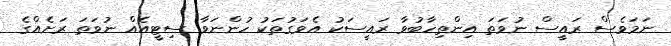
ނަމަވެސް ރައީސް ނުވަތަ އިންތިހާބުވާ ރައީސަކު އެވަގުތަކު ހުންނަވާ ސިޓީއެއް ނުވަތަ ރަށެއްގެ